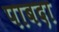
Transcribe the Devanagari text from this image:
पाबदा